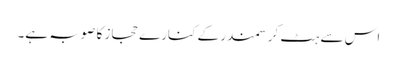
اس سے ہٹ کر سمندر کے کنارے حجاز کا صوبہ ہے۔